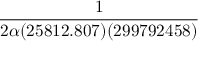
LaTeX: \frac { 1 } { 2 \alpha ( 2 5 8 1 2 . 8 0 7 ) ( 2 9 9 7 9 2 4 5 8 ) }